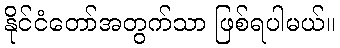
နိုင်ငံတော်အတွက်သာ ဖြစ်ရပါမယ်။